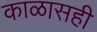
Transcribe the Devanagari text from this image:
काळासही